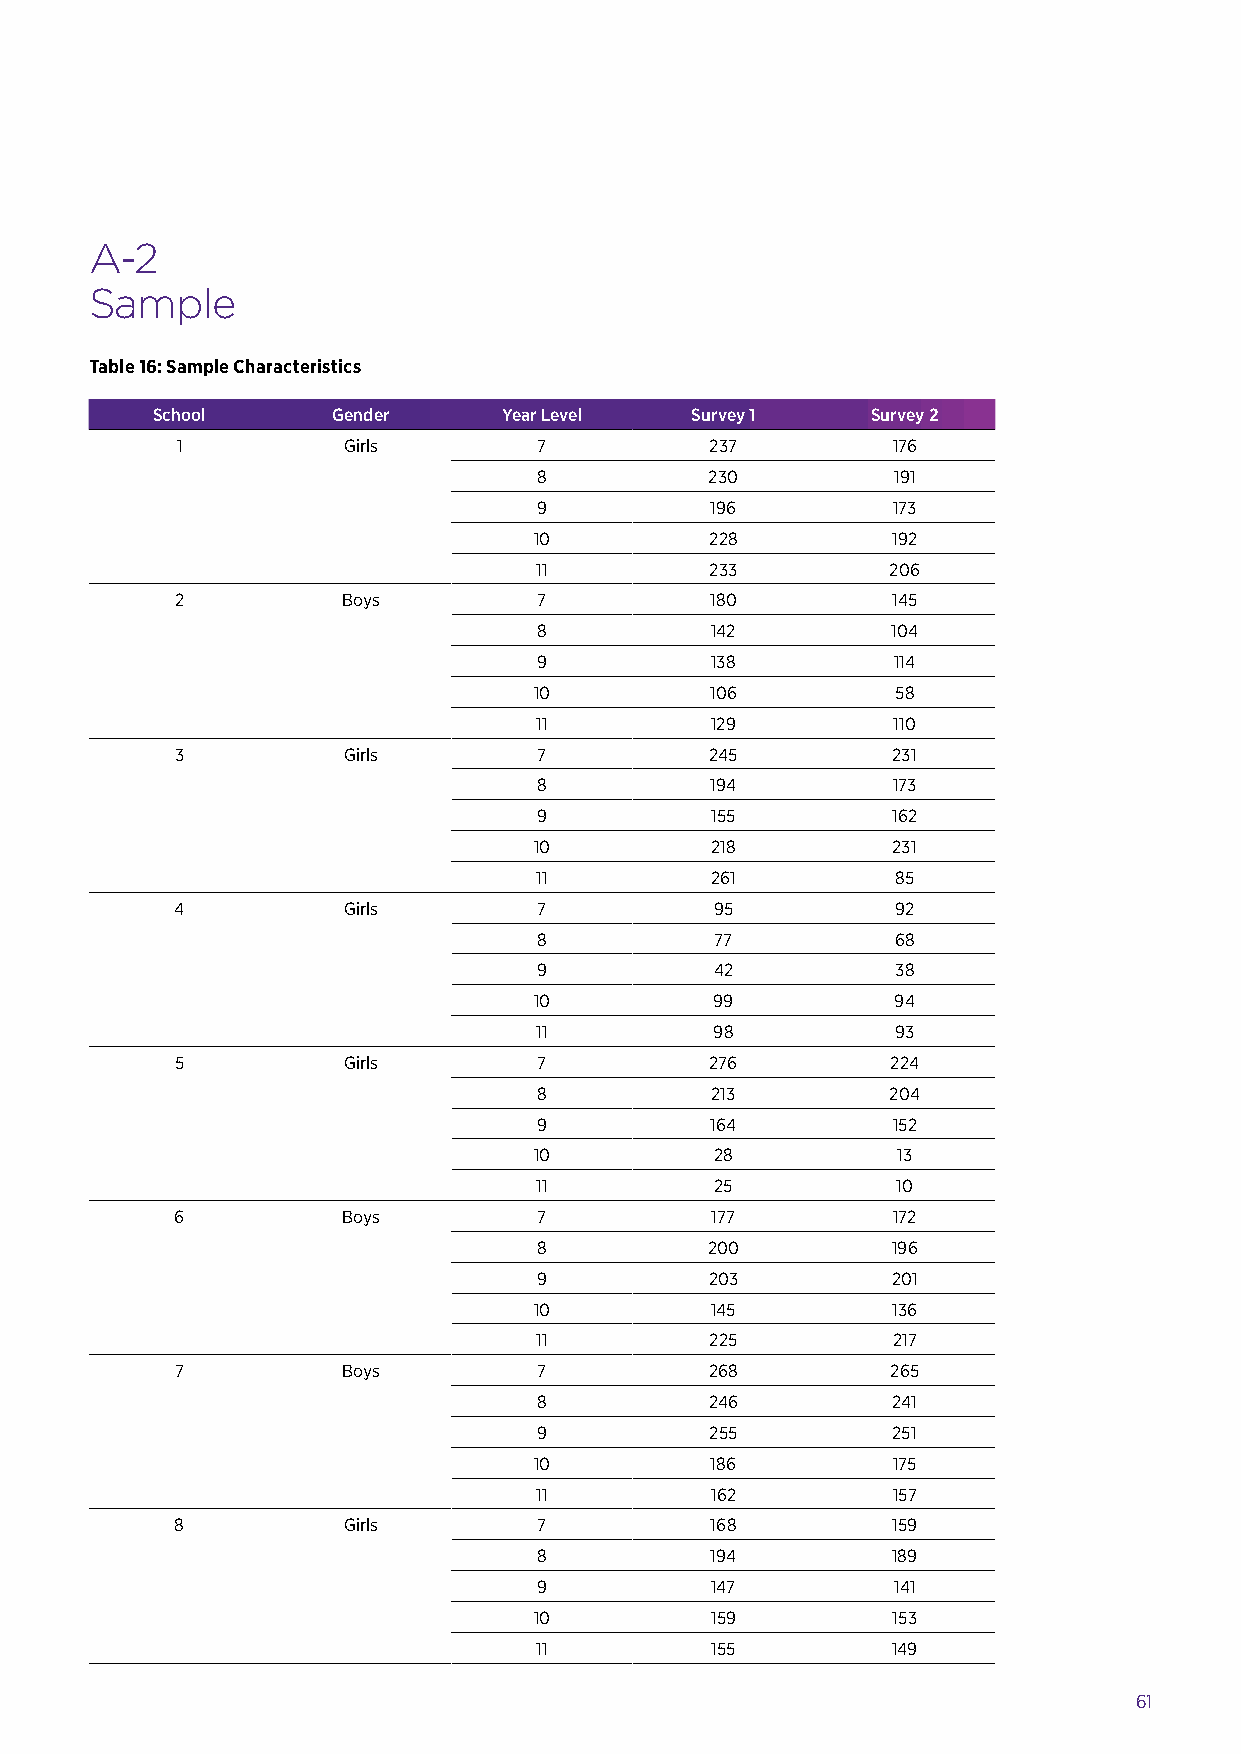
A-2
 Sample
 Table 16: Sample Characteristics
 School      Gender     Year Level   Survey 1    Survey 2
 1          Girls        7          237         176
 8          230         191
 9          196         173
 10          228         192
 11          233         206
 2          Boys         7          180         145
 8          142         104
 9          138         114
 10          106         58
 11          129         110
 3          Girls        7          245         231
 8          194         173
 9          155         162
 10          218         231
 11          261         85
 4          Girls        7          95          92
 8          77          68
 9          42          38
 10          99          94
 11          98          93
 5          Girls        7          276         224
 8          213         204
 9          164         152
 10          28          13
 11          25          10
 6          Boys         7          177         172
 8          200         196
 9          203         201
 10          145         136
 11          225         217
 7          Boys         7          268         265
 8          246         241
 9          255         251
 10          186         175
 11          162         157
 8          Girls        7          168         159
 8          194         189
 9          147         141
 10          159         153
 11          155         149
 61